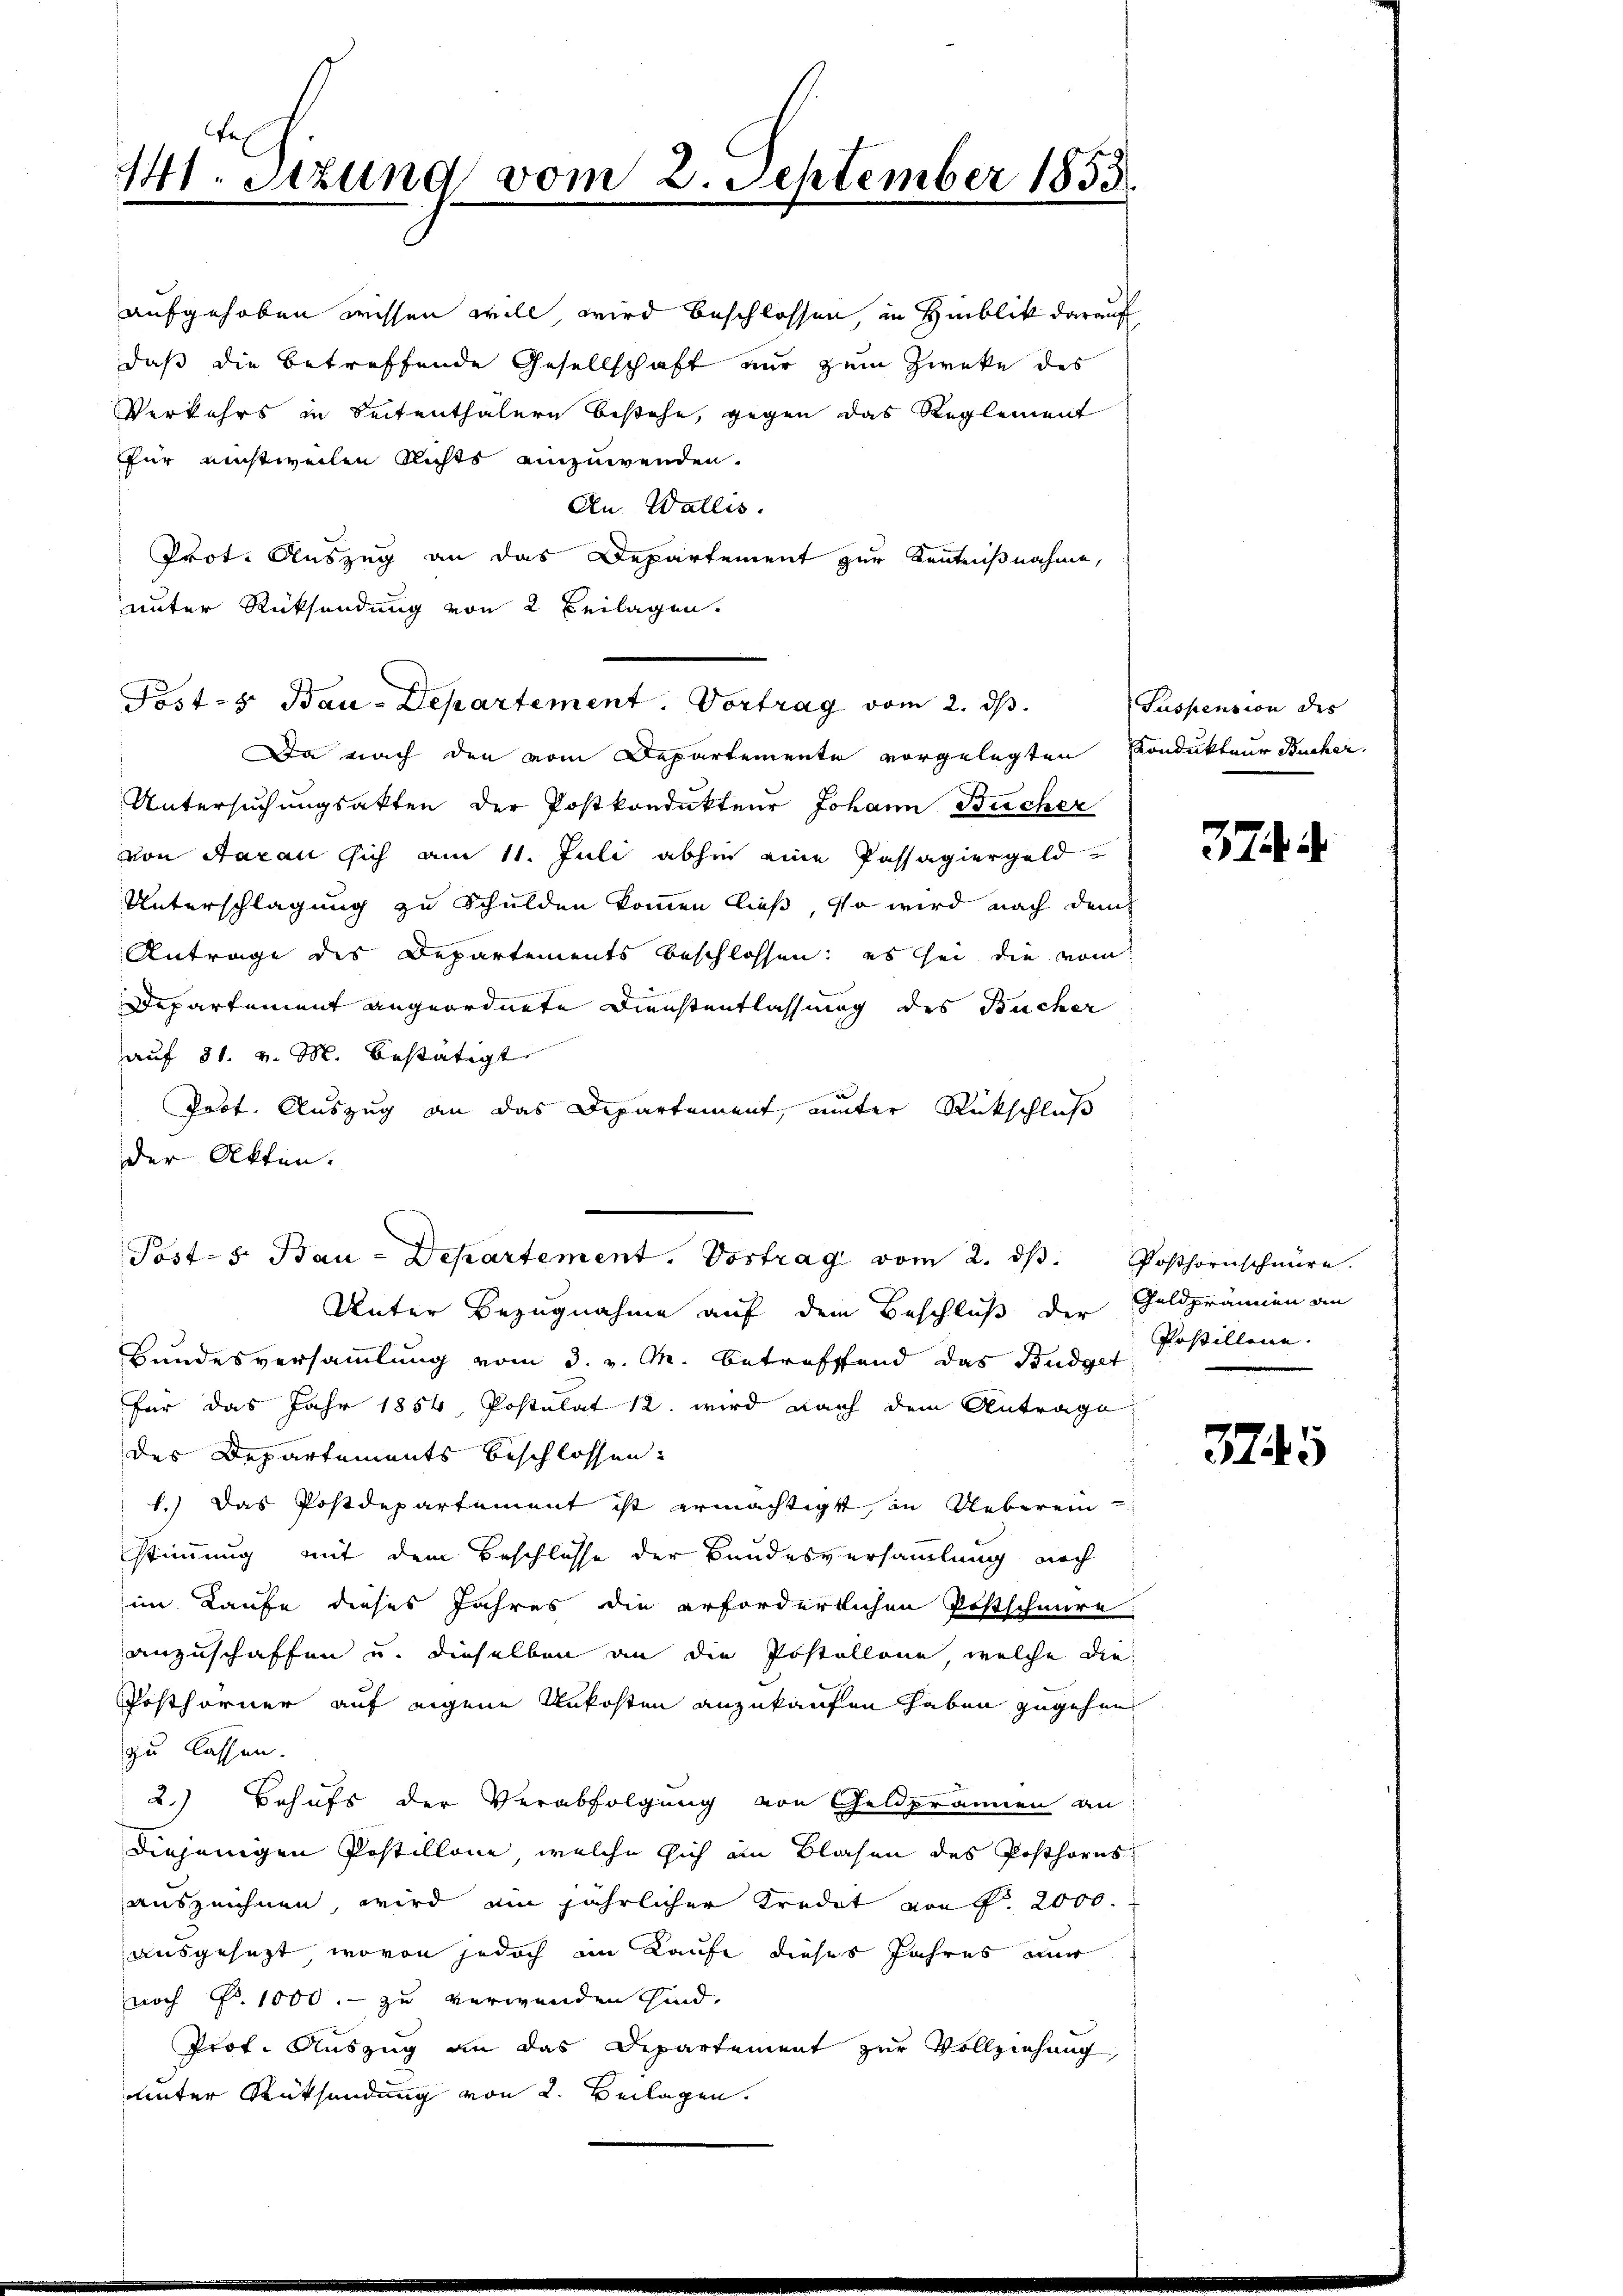
441. Sizung vom 2. September 1855.

aufgehoben wissen will wird beschlossen, in Hinblik darauf
daß die betreffende Gesellschaft nur zum Zwecke des
Verkehrs in Seitenthalern bestehe, gegen das Reglement
für einstweilen Richts einzuwenden.
An Wallis.
Prot. Auszug an das Departement zur Kenntnißnahme,
unter Rücksendung von 2 Beilagen.
Untersuchungsakten der Postkondukteur Johann Bücher
von Saran sich am 11. Juli abhin eine Passagiergeld¬
Unterschlagung zu Schulden kommen ließ, so wird nach dem
Antrage des Departements beschlossen: es sei die vom
Departement angeordnete Dienstentlassung des Bucher
aŭf 31. v. M. bestätigt
Prot. Auszug an das Departement, unter Rückschluß
der Akten.
Post- 8. Bau-Departement. Vortrag vom 2. ds Posthornschnüre.
Unter Bezugnahme auf dem Beschluß der Geldprämien an
Bundesversammlung vom 3. v. M. betreffend das Budget
für das Jahr 1854, Postulat 12. wird nach dem Antrage
des Departements beschlossen.
1.) Das Postdepartement ist ermächtigt, in Ueberein
stimmung mit dem Beschlüsse der Bundesversammlung noch
im Laufe dieses Jahres die erfordertlichen Postschmire.
anzuschaffen u. dieselben an die Postollone welche die
Posthorner auf eigene Unkosten anzukaufen haben zugehen
zu lassen.
2.) Behufs der Verabfolgung von Geldprämien an
diejenigen Postillone, welche sich in Blasen des Posthorns
auszeichnen, wird ein jährlicher Kredit von P. 2000.
ausgesezt, wovon jedoch im Kaufe dieses Jahres mir
noch Fr. 1000.- zu verwenden sind.
Prof. Auszug an das Dipartement zur Vollziehung,
unter Rücksendung von 2. Beilagen.

Post- & Bau-Departement. Vortrag vom 2. ds.

Da nach den vom Departemente vorgelegten Kondukteur Bucher.

Suspension des

37

Postillene.

3745